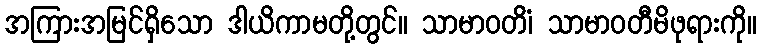
အကြားအမြင်ရှိသော ဒါယိကာမတို့တွင်။ သာမာဝတိံ၊ သာမာဝတီမိဖုရားကို။